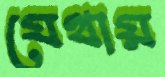
যেথায়